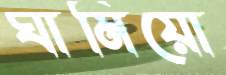
ঘামিয়ো